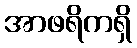
အာဖရိကရှိ